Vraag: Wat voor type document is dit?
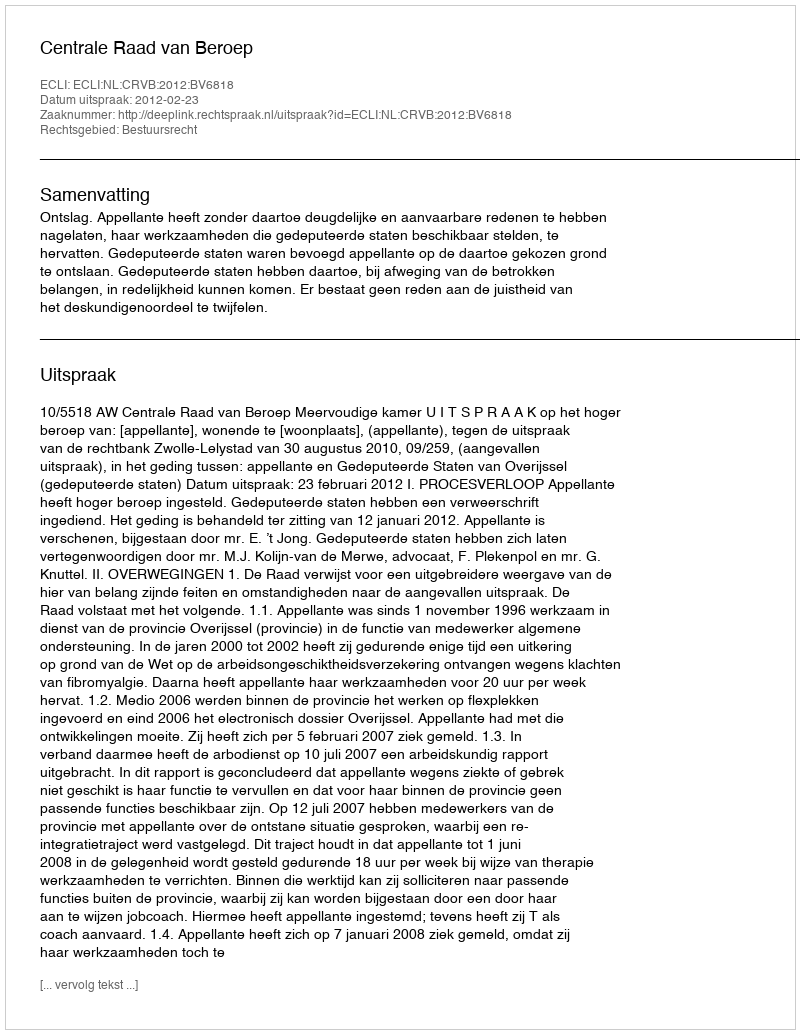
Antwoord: Uitspraak